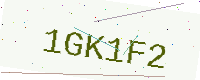
Text: 1GK1F2